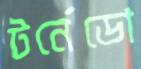
টর্নেডো